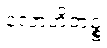
လောဟိတဉ္စ